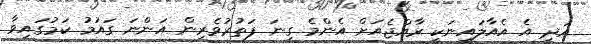
އަދި އެ އެއާލައިނަކީ ރާއްޖެއަށް އެންމެ ގިނަ ފަތުރުވެރިން އަންނަ ގައުމު ކަމުގައިވާ